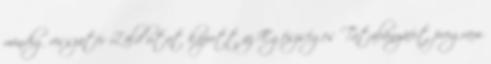
mindig visszatér Zöld utat kapott az Egészséges Tatabányáért program